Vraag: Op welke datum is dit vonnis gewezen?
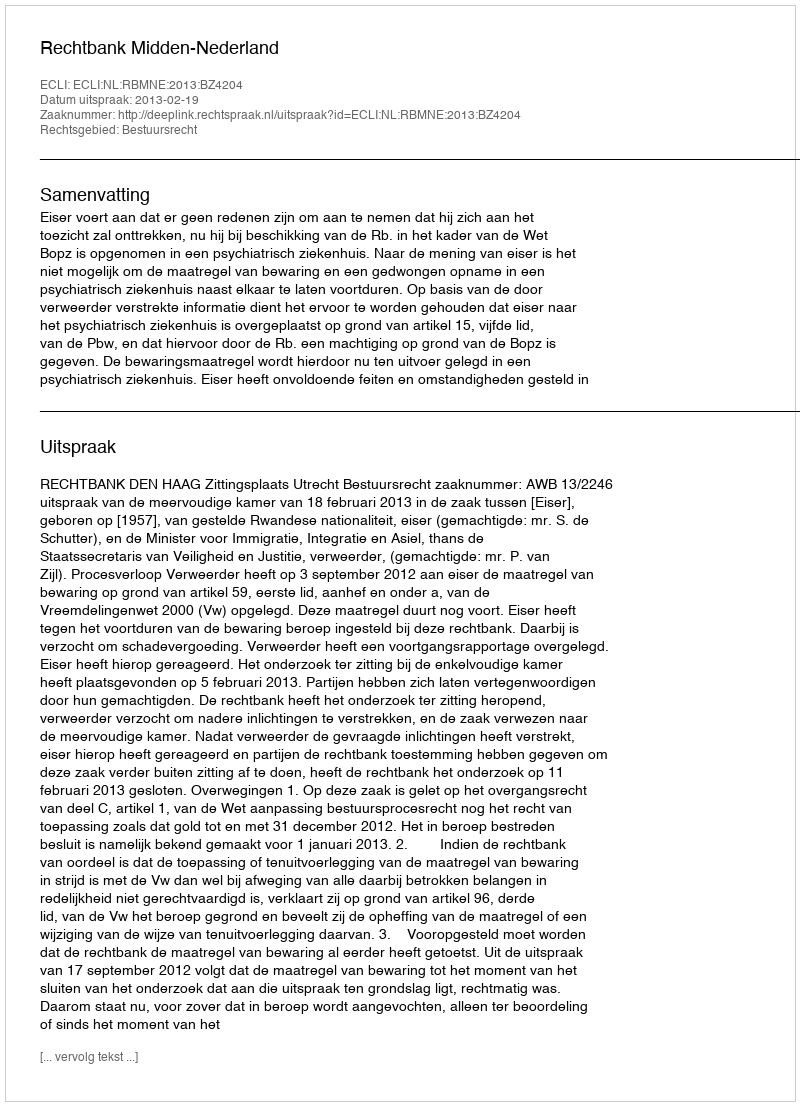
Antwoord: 2013-02-19